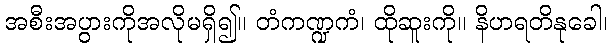
အစီးအပွားကိုအလိုမရှိ၍။ တံကဏ္ဍကံ၊ ထိုဆူးကို။ နိဟရတိနုခေါ၊